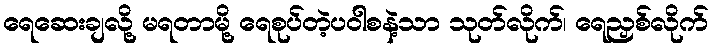
ရေဆေးချလို့ မရတာမို့ ရေစုပ်တဲ့ပဝါစနဲ့သာ သုတ်လိုက်၊ ရေညှစ်လိုက်